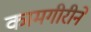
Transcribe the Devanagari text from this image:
कामगीरीने